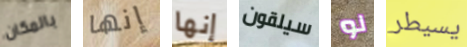
بالمكان إنها إنها سيلقون لو يسيطر